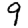
Digit: 9